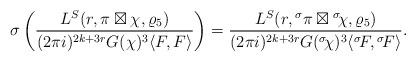
LaTeX: \begin{align*} \sigma \left(\frac{L^S(r,\pi \boxtimes \chi, \varrho_{5})}{(2\pi i)^{2k+3r} G(\chi)^3 \langle F, F\rangle}\right) = \frac{L^S(r,{}^\sigma\pi \boxtimes {}^\sigma\!\chi, \varrho_{5})}{(2\pi i)^{2k+3r} G({}^\sigma\!\chi)^3 \langle {}^\sigma\!F,{}^\sigma\!F\rangle}. \end{align*}